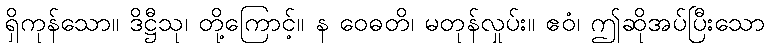
ရှိကုန်သော။ ဒိဋ္ဌီသု၊ တို့ကြောင့်။ န ဝေဓတိ၊ မတုန်လှုပ်း။ ဧဝံ၊ ဤဆိုအပ်ပြီးသော